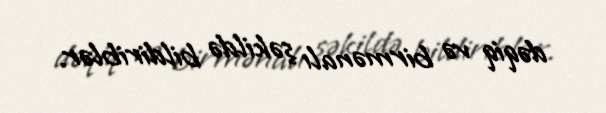
dəqiq və birmənalı şəkildə bildiriblər.